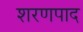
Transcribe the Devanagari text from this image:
शरणपाद